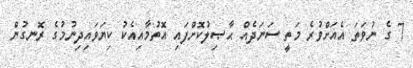
7 ގެ ނުވަތަ އެއަށްވުރެ މަތީ ސަނަދެއް ޙާޞިލުކޮށްފައި އޮތުމާއިއެކު ކިޔަވައިދިނުމުގެ ރޮނގުން